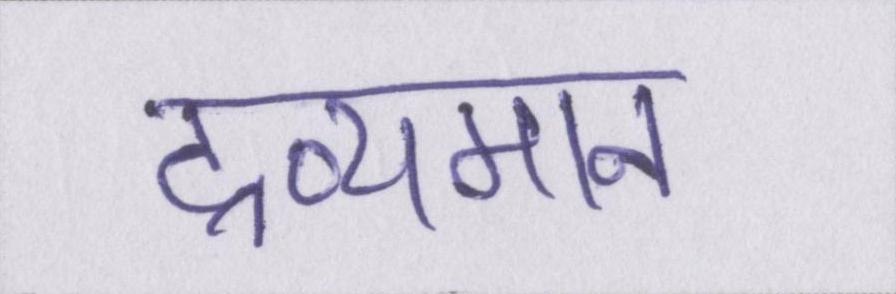
द्रव्यमान